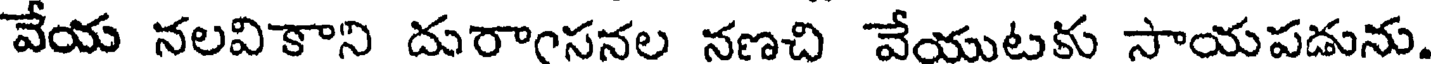
వేయ నలవికాని దురాంసనల నణచి వేయుటకు సాయపడును.